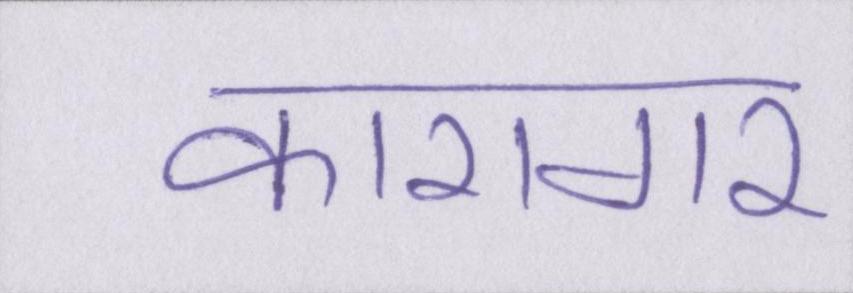
कारागर